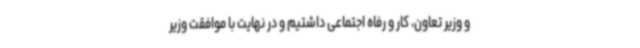
و وزیر تعاون، کار و رفاه اجتماعی داشتیم و در نهایت با موافقت وزیر